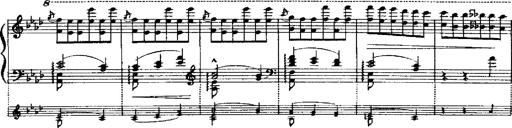
Title: RÃ©miniscences de Robert le diable
Composer: Franz Liszt